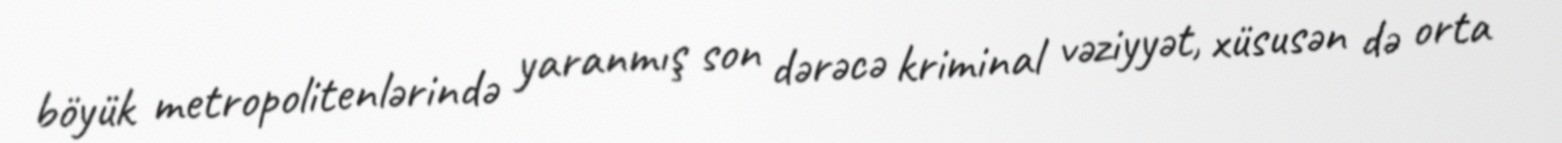
böyük metropolitenlərində yaranmış son dərəcə kriminal vəziyyət, xüsusən də orta